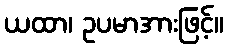
ယထာ၊ ဥပမာအားဖြင့်။